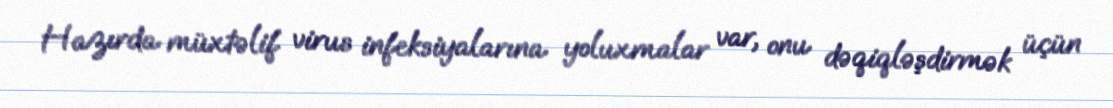
Hazırda müxtəlif virus infeksiyalarına yoluxmalar var, onu dəqiqləşdirmək üçün